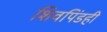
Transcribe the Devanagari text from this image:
शिवपिंडही